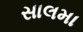
સાલમા